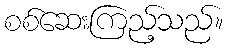
စစ်ဆေးကြည့်သည်။